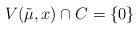
LaTeX: \begin{align*}V(\tilde\mu,x)\cap C=\{0\}\quad\end{align*}